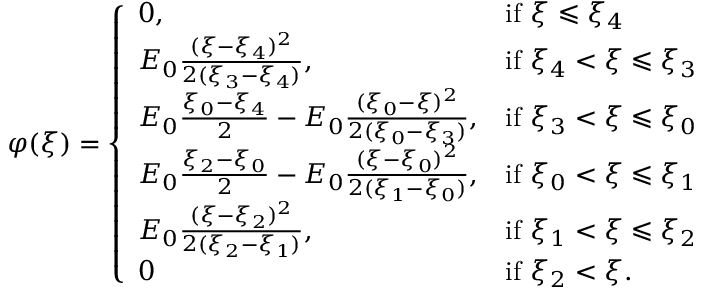
\begin{array} { r } { \varphi ( \xi ) = \left\{ \begin{array} { l l } { 0 , } & { \mathrm { i f ~ } \xi \leqslant \xi _ { 4 } } \\ { E _ { 0 } \frac { ( \xi - \xi _ { 4 } ) ^ { 2 } } { 2 ( \xi _ { 3 } - \xi _ { 4 } ) } , } & { \mathrm { i f ~ } \xi _ { 4 } < \xi \leqslant \xi _ { 3 } } \\ { E _ { 0 } \frac { \xi _ { 0 } - \xi _ { 4 } } { 2 } - E _ { 0 } \frac { ( \xi _ { 0 } - \xi ) ^ { 2 } } { 2 ( \xi _ { 0 } - \xi _ { 3 } ) } , } & { \mathrm { i f ~ } \xi _ { 3 } < \xi \leqslant \xi _ { 0 } } \\ { E _ { 0 } \frac { \xi _ { 2 } - \xi _ { 0 } } { 2 } - E _ { 0 } \frac { ( \xi - \xi _ { 0 } ) ^ { 2 } } { 2 ( \xi _ { 1 } - \xi _ { 0 } ) } , } & { \mathrm { i f ~ } \xi _ { 0 } < \xi \leqslant \xi _ { 1 } } \\ { E _ { 0 } \frac { ( \xi - \xi _ { 2 } ) ^ { 2 } } { 2 ( \xi _ { 2 } - \xi _ { 1 } ) } , } & { \mathrm { i f ~ } \xi _ { 1 } < \xi \leqslant \xi _ { 2 } } \\ { 0 } & { \mathrm { i f ~ } \xi _ { 2 } < \xi . } \end{array} \right. } \end{array}